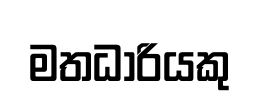
මතධාරියකු